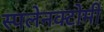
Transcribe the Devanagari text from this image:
स्पलेनक्टोमी